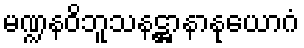
မဏ္ဍနဝိဘူသနဋ္ဌာနာနုယောဂံ